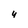
Character: y